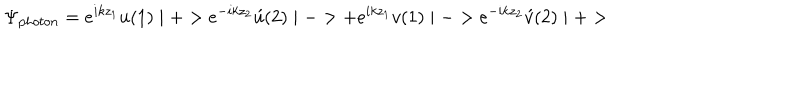
\Psi _ { p h o t o n } = e ^ { i k z _ { 1 } } u ( 1 ) \mid + > e ^ { - i k z _ { 2 } } \acute { u } ( 2 ) \mid - > + e ^ { i k z _ { 1 } } v ( 1 ) \mid - > e ^ { - i k z _ { 2 } } \acute { v } ( 2 ) \mid + >